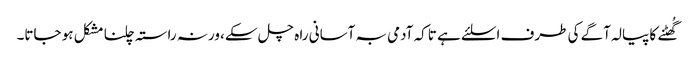
گُھٹنے کا پیالہ آگے کی طرف اسلئے ہے تاکہ آدمی بہ آسانی را ہ چل سکے، ورنہ راستہ چلنا مشکل ہو جاتا۔